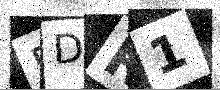
Text: 5DR1